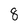
Character: 8